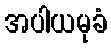
အပါယမုခံ